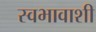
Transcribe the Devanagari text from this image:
स्वभावाशी